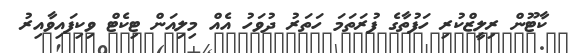
ކާޓޫން ރިލީޒްކުރި ހަފުތާގެ ފުރަތަމަ ހަތަރު ދުވަހު އެއް މިލިއަން ޓިކެޓް ވިކިފައިވާއިރު